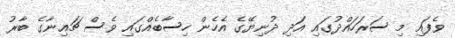
ވެފައި މި ސަރަހައްދުގައި އަދި ދުނިޔޭގެ އެހެން ހިސާބެއްގައި ވެސް ޗައިނާގެ ބާރު